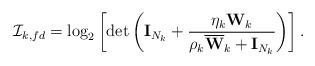
LaTeX: \begin{align*}\mathcal{I}_{k,fd}=\log_2\left[\det\left(\mathbf{I}_{N_k}+\frac{\eta_k\mathbf{W}_k}{\rho_k\mathbf{\overline{W}}_k+\mathbf{I}_{N_k}}\right)\right].\end{align*}